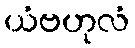
ယံဗဟုလံ